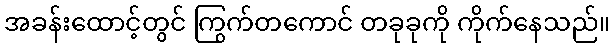
အခန်းထောင့်တွင် ကြွက်တကောင် တခုခုကို ကိုက်နေသည်။